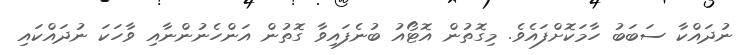
ނުދައްކާ ސަބަބު ހާމަކޮށްފައެވެ. މިގޮތުން އޮޓޯއު ބުނެފައިވާ ގޮތުން އަންހެނުންނާއި ވާހަކަ ނުދައްކައި